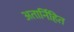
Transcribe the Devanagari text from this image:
अतार्निहित